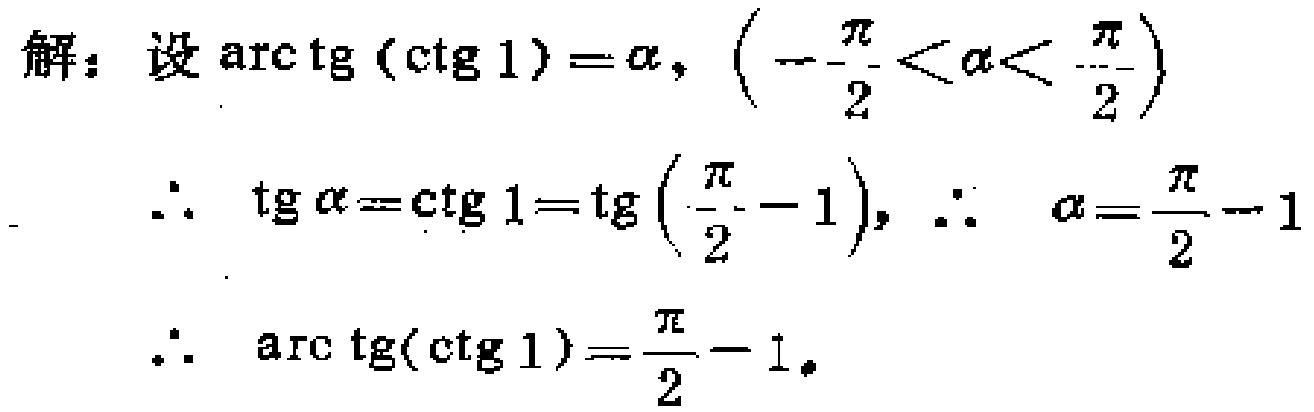
解：设\(\arctan(\cot 1)=\alpha, \left(-\frac{\pi}{2}<\alpha<\frac{\pi}{2}\right)\)
\(\therefore \tan\alpha = \cot 1=\tan\left(\frac{\pi}{2}-1\right), \therefore \alpha=\frac{\pi}{2}-1\)
\(\therefore \arctan(\cot 1)=\frac{\pi}{2}-1\)